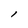
Character: l